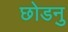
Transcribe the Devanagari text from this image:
छोडनु